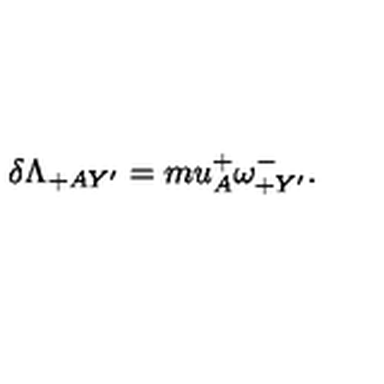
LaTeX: \delta \Lambda _ { + A Y ^ { \prime } } = m u _ { A } ^ { + } \omega _ { + Y ^ { \prime } } ^ { - } .